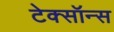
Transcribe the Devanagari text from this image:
टेक्सॉन्स